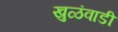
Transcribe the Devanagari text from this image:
खुळंवाडी